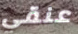
عنقي